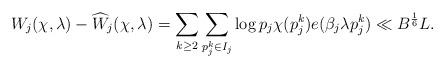
LaTeX: \begin{align*}W_j(\chi,\lambda)-\widehat{W}_j(\chi,\lambda)=\sum_{k\geq2}\sum_{p_j^k\in I_j}\log p_j \chi(p_j^k)e(\beta_j\lambda p_j^k)\ll B^{\frac{1}{6}}L.\end{align*}